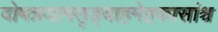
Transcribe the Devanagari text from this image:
दोषत्रयामतृड्दाहमेहकासांश्च